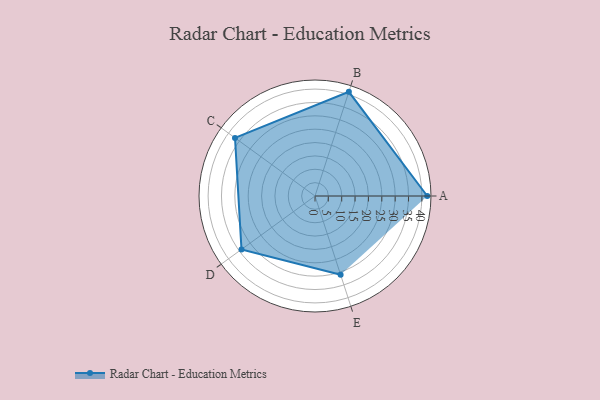
{"axis": {"x": "Skill", "y": "Score"}, "legend": ["Profile"], "data": [{"x": "A", "y": 42.0, "type": "Profile"}, {"x": "B", "y": 41.0, "type": "Profile"}, {"x": "C", "y": 37.0, "type": "Profile"}, {"x": "D", "y": 34.0, "type": "Profile"}, {"x": "E", "y": 31.0, "type": "Profile"}]}